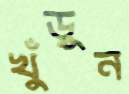
খুঁড়ুন